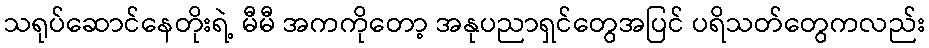
သရုပ်ဆောင်နေတိုးရဲ့ မီမီ အကကိုတော့ အနုပညာရှင်တွေအပြင် ပရိသတ်တွေကလည်း